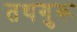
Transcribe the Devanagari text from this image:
तथगुरू